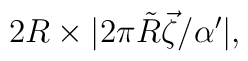
2R\times |2\pi \tilde R\vec \zeta/\alpha'|,